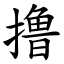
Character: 撸